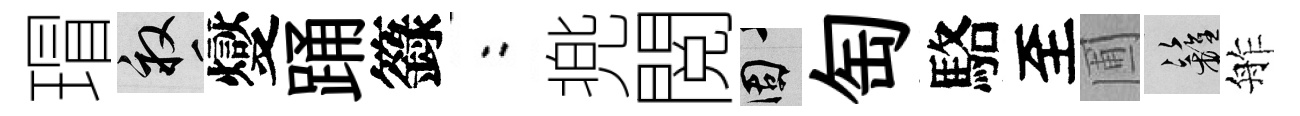
瑁畝燮踊籙欸兠閲固匋駱至圃籬舴